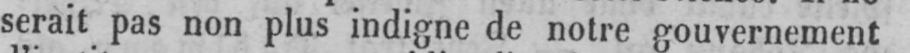
serait pas non plus indigne de notre gouvernement